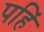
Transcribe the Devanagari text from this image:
पहिं